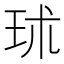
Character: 㺷